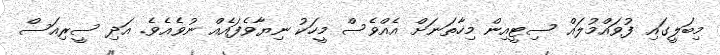
މިބަލީގައި ފުވައްމުލައް ސިޓީއިން މިހާތަނަށް އެއްވެސް މީހަކު ނިޔާވެފައެއް ނުވެއެވެ. އަދި ސީރިއަސް